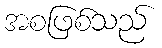
အစဖြစ်သည်